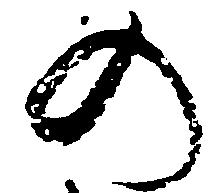
の